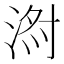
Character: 𱦹